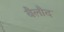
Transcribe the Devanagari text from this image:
बैलौद